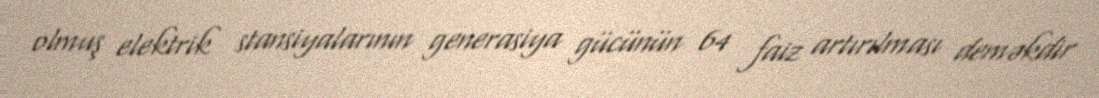
olmuş elektrik stansiyalarının generasiya gücünün 64 faiz artırılması deməkdir